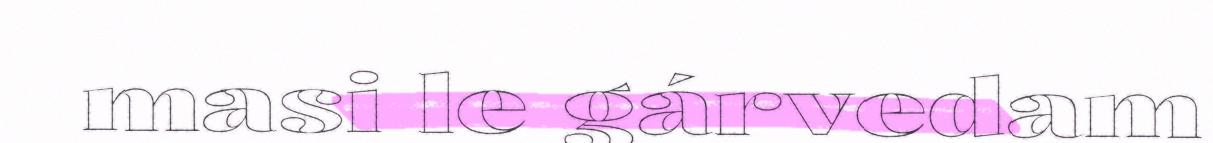
masi le gárvedam